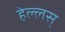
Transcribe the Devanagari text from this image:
हेल्लस्